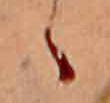
ゝ